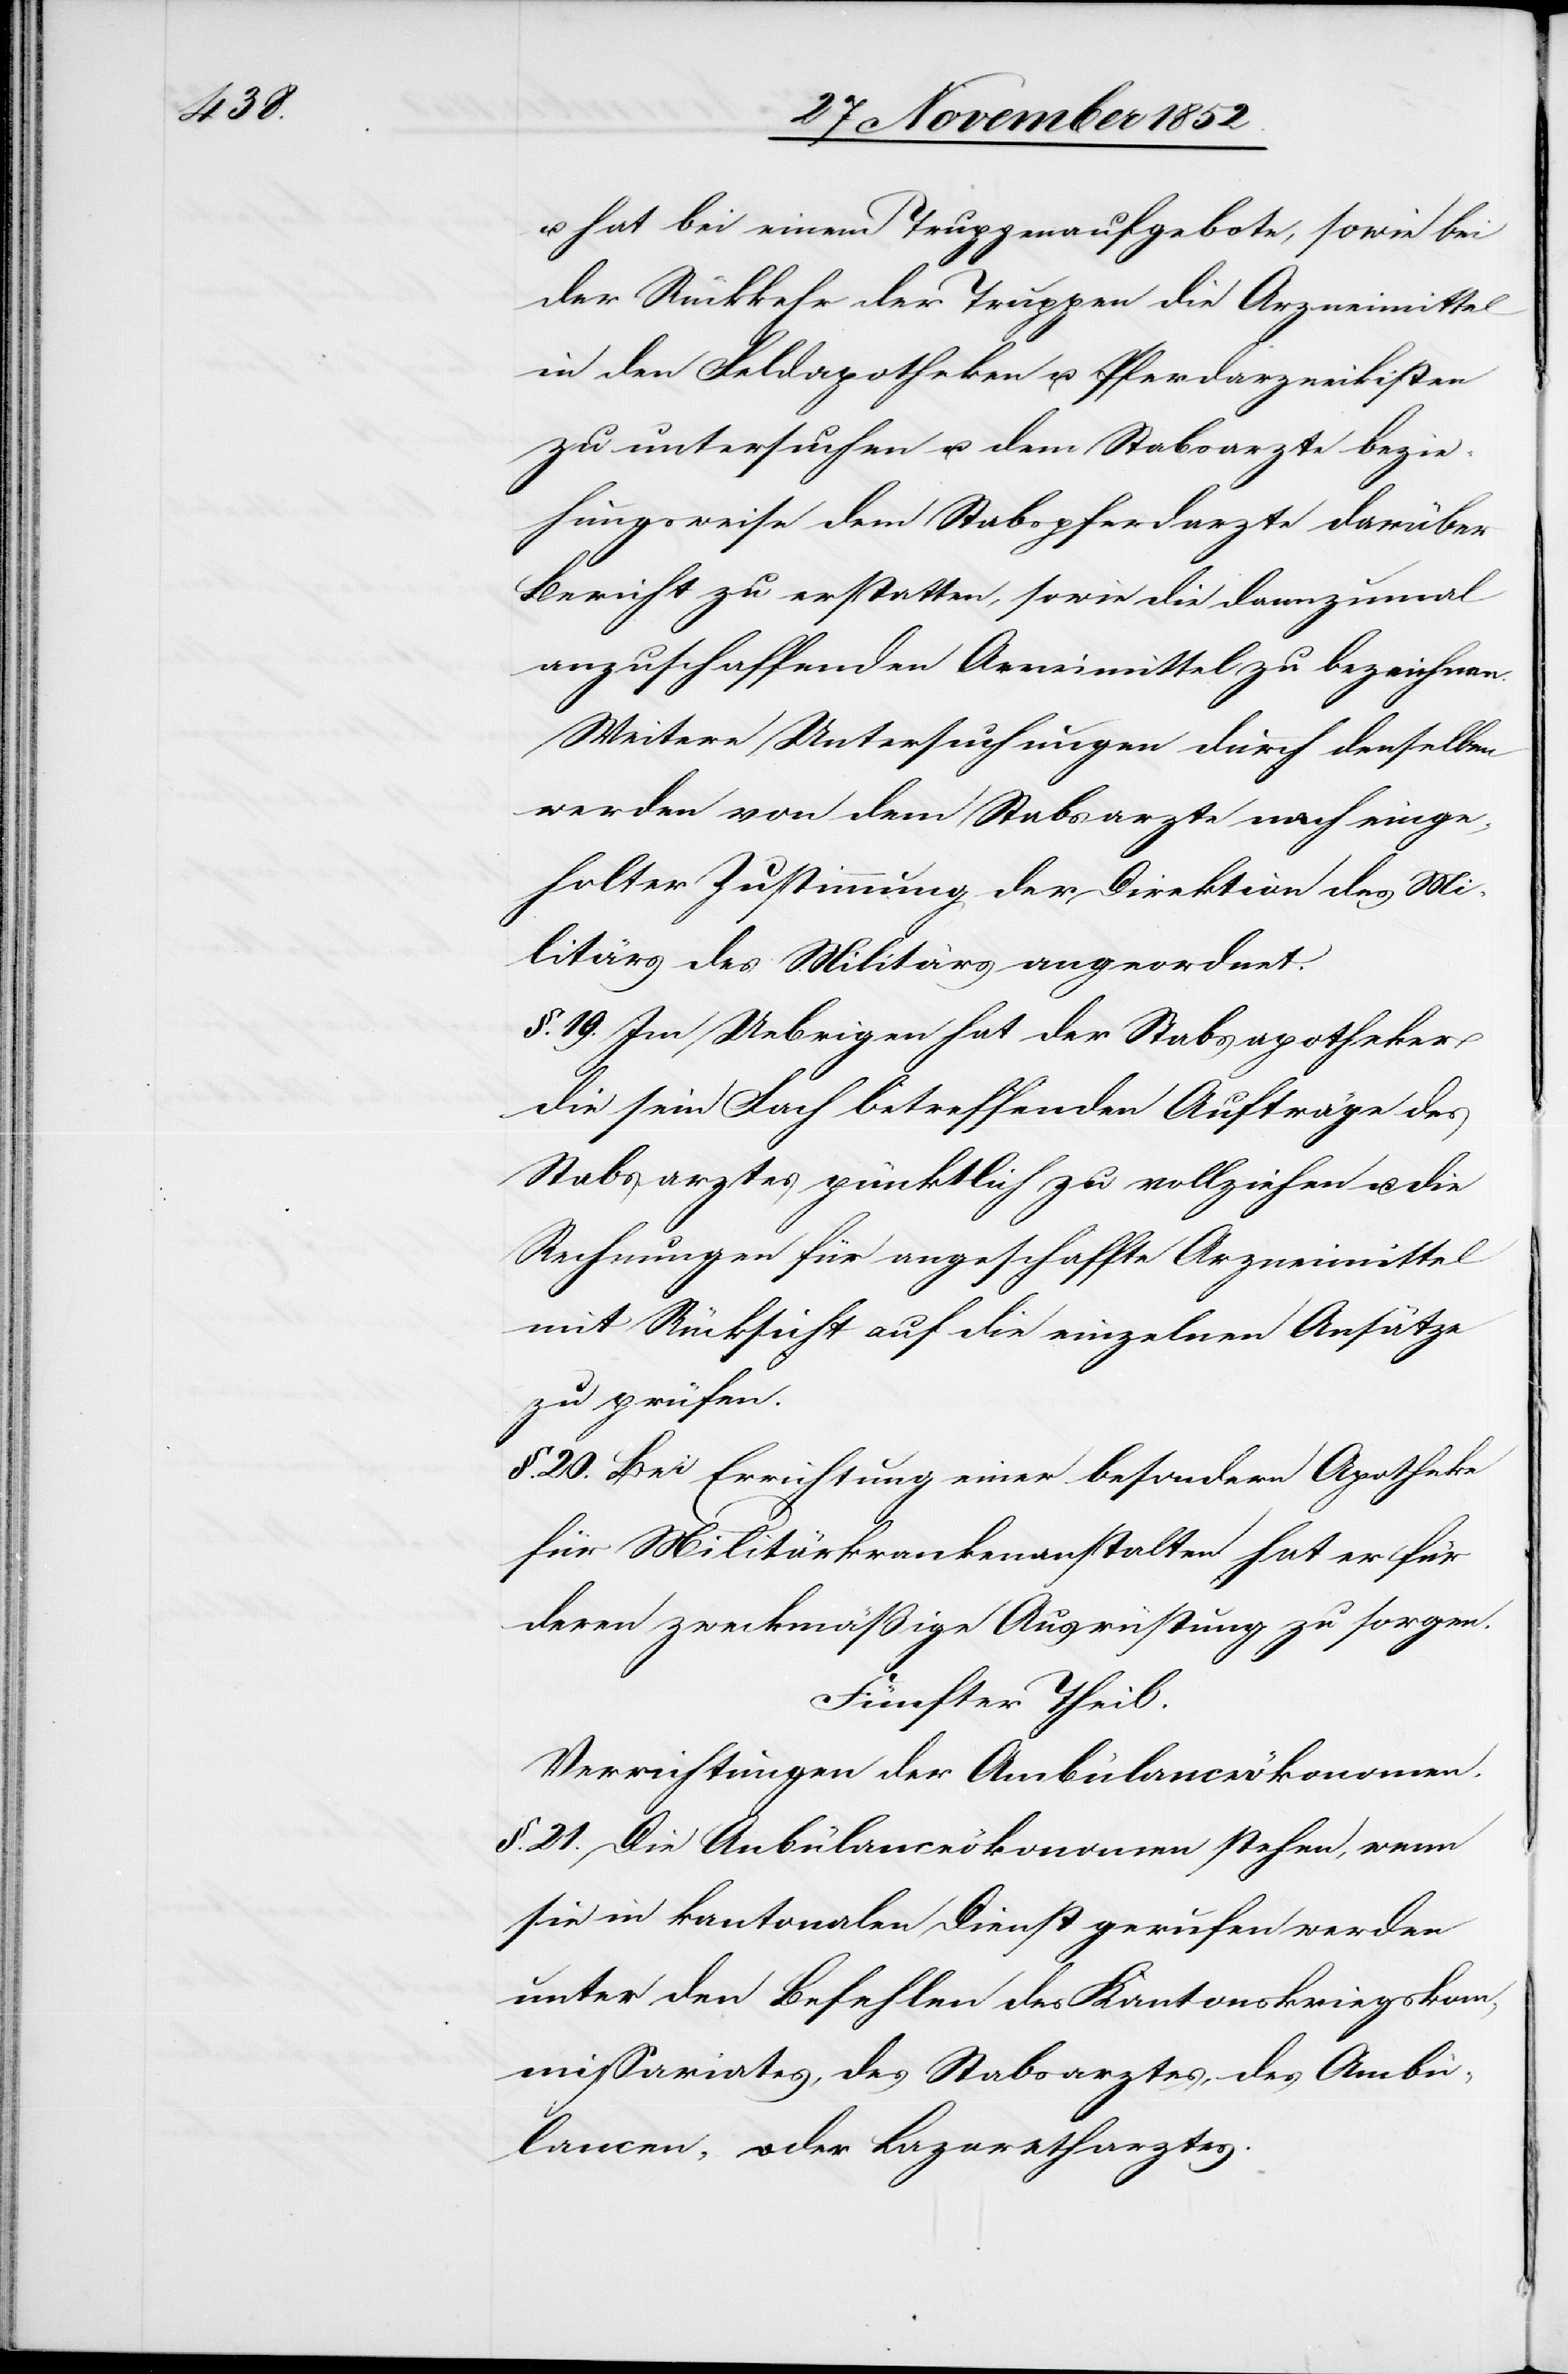
u. hat bei einem Truppenaufgebote, sowie bei
der Rückkehr der Truppen die Arzneimittel
in den Feldapotheken u. Pferdarzneikisten
zu untersuchen u. dem Stabsarzte darüber
Bericht zu erstatten, sowie die dannzumal
anzuschaffenden Ar[z]neimittel zu bezeichnen.
Weitere Untersuchungen durch denselben
werden von dem Stabsarzte nach einge¬
holter Zustimmung der Direktion des Mi¬
litärs des Militärs [sic!] angeordnet.
§. 19. Im Uebrigen hat der Stabsapotheker
die sein Fach betreffenden Aufträge des
Stabsarztes pünktlich zu vollziehen u. die
Rechnungen für angeschaffte Arzneimittel
mit Rücksicht auf die einzelnen Ansätze
zu prüfen.
§. 20. Bei Errichtung einer besondern Apotheke
für Militärkrankenanstalten hat er für
deren zweckmäßige Ausrüstung zu sorgen.
Fünfter Theil.
Verrichtungen der Ambülanceökonomen.
§. 21. Die Anbülanceökonomen [sic!] stehen, wenn
sie in kantonalen Dienst gerufen werden
unter den Befehlen des Kantonskriegskom¬
missariates, des Stabsarztes, des Ambü¬
lancen- oder Lazaretharztes.